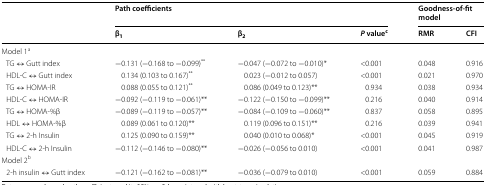
| <ROWSPAN=2>  | <COLSPAN=3> Path coefficients | <COLSPAN=2> Goodness-of-fit model |
 | β1 | β2 | P valuec | RMR | CFI |
 | --- | --- | --- | --- | --- | --- |
 | <COLSPAN=6> Model 1a |
 | TG ↔ Gutt index | −0.131 (−0.168 to −0.099)** | −0.047 (−0.072 to −0.010)* | <0.001 | 0.048 | 0.916 |
 | HDL-C ↔ Gutt index | 0.134 (0.103 to 0.167)** | 0.023 (−0.012 to 0.057) | <0.001 | 0.021 | 0.970 |
 | TG ↔ HOMA-IR | 0.088 (0.055 to 0.121)** | 0.086 (0.049 to 0.123)** | 0.934 | 0.038 | 0.934 |
 | HDL-C ↔ HOMA-IR | −0.092 (−0.119 to −0.061)** | −0.122 (−0.150 to −0.099)** | 0.216 | 0.040 | 0.914 |
 | TG ↔ HOMA-%β | −0.089 (−0.119 to −0.057)** | −0.084 (−0.109 to −0.060)** | 0.837 | 0.058 | 0.895 |
 | HDL ↔ HOMA-%β | 0.089 (0.061 to 0.120)** | 0.119 (0.096 to 0.151)** | 0.216 | 0.039 | 0.941 |
 | TG ↔ 2-h Insulin | 0.125 (0.090 to 0.159)** | 0.040 (0.010 to 0.068)* | <0.001 | 0.045 | 0.919 |
 | HDL-C ↔ 2-h Insulin | −0.112 (−0.146 to −0.080)** | −0.026 (−0.056 to 0.010) | <0.001 | 0.041 | 0.987 |
 | <COLSPAN=6> Model 2b |
 | 2-h insulin ↔ Gutt index | −0.121 (−0.162 to −0.081)** | −0.036 (−0.079 to 0.010) | <0.001 | 0.059 | 0.884 |